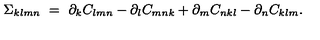
\Sigma _ { k l m n } \ = \ \partial _ { k } C _ { l m n } - \partial _ { l } C _ { m n k } + \partial _ { m } C _ { n k l } - \partial _ { n } C _ { k l m } .